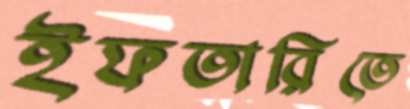
ইফতারিতে